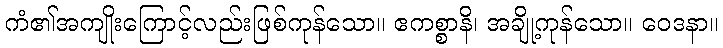
ကံ၏အကျိုးကြောင့်လည်းဖြစ်ကုန်သော။ ဧကစ္စာနိ၊ အချို့ကုန်သော။ ဝေဒနာ။